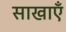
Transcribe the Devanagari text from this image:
साखाएँ